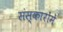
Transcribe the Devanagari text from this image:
संस्कारोंमें